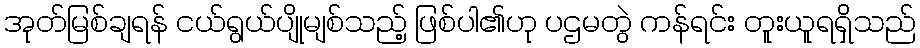
အုတ်မြစ်ချရန် ငယ်ရွယ်ပျိုမျစ်သည့် ဖြစ်ပါ၏ဟု ပဌမတွဲ ကန်ရင်း တူးယူရရှိသည်